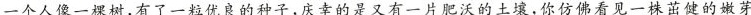
一个人像一棵树,有了一粒优良的种子,庆幸的是又有一片肥沃的土壤,你仿佛看见一株苗健的嫩芽